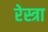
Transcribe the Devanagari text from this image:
रेस्त्रा